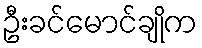
ဦးခင်မောင်ချိုက